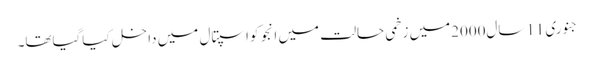
جنوری 11سال2000میں زخمی حالت میں انجو کواسپتال میں داخل کیاگیاتھا۔